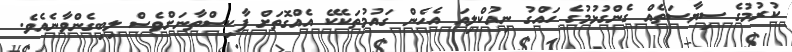
ކުރުމުގެ ސިޔާސަތެއް ގެންގުޅުމުގެ ހައްގު ނިއުކްލިއަ އެހެން ގައުމުތަކެކޭ އެއްގޮތަށް ޕާކިސްތާނަށްވެސް ލިބިގެންވާނެއެވެ.